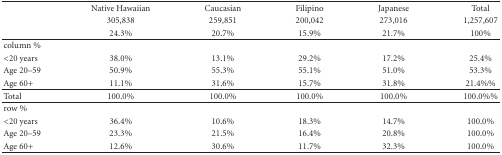
<table><thead><tr><td rowspan="3"></td><td><b>Native Hawaiian</b></td><td><b>Caucasian</b></td><td><b>Filipino</b></td><td><b>Japanese</b></td><td><b>Total</b></td></tr><tr><td><b>305,838</b></td><td><b>259,851</b></td><td><b>200,042</b></td><td><b>273,016</b></td><td><b>1,257,607</b></td></tr><tr><td><b>24.3%</b></td><td><b>20.7%</b></td><td><b>15.9%</b></td><td><b>21.7%</b></td><td><b>100%</b></td></tr></thead><tbody><tr><td>column %</td><td></td><td></td><td></td><td></td><td></td></tr><tr><td>&lt;20 years</td><td>38.0%</td><td>13.1%</td><td>29.2%</td><td>17.2%</td><td>25.4%</td></tr><tr><td>Age 20–59</td><td>50.9%</td><td>55.3%</td><td>55.1%</td><td>51.0%</td><td>53.3%</td></tr><tr><td>Age 60+</td><td>11.1%</td><td>31.6%</td><td>15.7%</td><td>31.8%</td><td>21.4%%</td></tr><tr><td>Total</td><td>100.0%</td><td>100.0%</td><td>100.0%</td><td>100.0%</td><td>100.0%%</td></tr><tr><td>row %</td><td></td><td></td><td></td><td></td><td></td></tr><tr><td>&lt;20 years</td><td>36.4%</td><td>10.6%</td><td>18.3%</td><td>14.7%</td><td>100.0%</td></tr><tr><td>Age 20–59</td><td>23.3%</td><td>21.5%</td><td>16.4%</td><td>20.8%</td><td>100.0%</td></tr><tr><td>Age 60+</td><td>12.6%</td><td>30.6%</td><td>11.7%</td><td>32.3%</td><td>100.0%</td></tr></tbody></table>